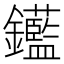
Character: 𨰗